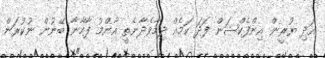
އަދި ޔުރީން އިންފެކްޝަން ފަދަ ކަމެއް ދިމާވެދާނެތީ އާންމު ފާހާނާ ބޭނުން ނުކުރަން